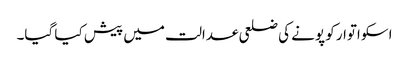
اسکو اتوار کو پونے کی ضلعی عدالت میں پیش کیا گیا۔